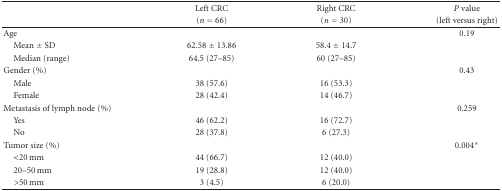
|  | Left CRC | Right CRC | P value |
 |  | (n = 66) | (n = 30) | (left versus right) |
 | --- | --- | --- | --- |
 | Age |  |  | 0.19 |
 | Mean ± SD | 62.58 ± 13.86 | 58.4 ± 14.7 |  |
 | Median (range) | 64.5 (27–85) | 60 (27–85) |  |
 | Gender (%) |  |  | 0.43 |
 | Male | 38 (57.6) | 16 (53.3) |  |
 | Female | 28 (42.4) | 14 (46.7) |  |
 | Metastasis of lymph node (%) |  |  | 0.259 |
 | Yes | 46 (62.2) | 16 (72.7) |  |
 | No | 28 (37.8) | 6 (27.3) |  |
 | Tumor size (%) |  |  | 0.004* |
 | <20 mm | 44 (66.7) | 12 (40.0) |  |
 | 20–50 mm | 19 (28.8) | 12 (40.0) |  |
 | >50 mm | 3 (4.5) | 6 (20.0) |  |